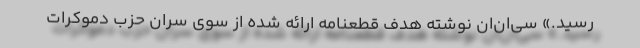
رسید.» سی‌ان‌ان نوشته هدف قطعنامه‌ ارائه شده از سوی سران حزب دموکرات